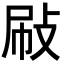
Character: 𢼞